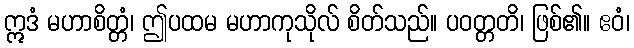
ဣဒံ မဟာစိတ္တံ၊ ဤပထမ မဟာကုသိုလ် စိတ်သည်။ ပဝတ္တတိ၊ ဖြစ်၏။ ဧဝံ၊